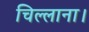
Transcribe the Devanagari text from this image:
चिल्लाना।